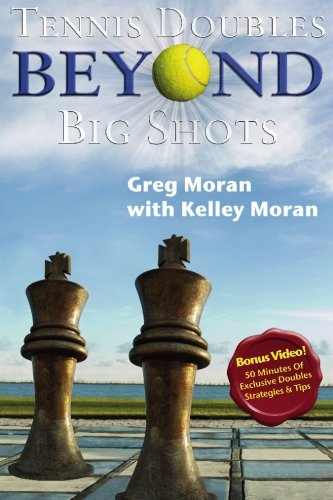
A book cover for Tennis Doubles Beyond Big Shots; Greg Moran; Sports & Outdoors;